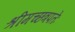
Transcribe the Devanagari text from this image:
श्रीमच्छत्रपतेः